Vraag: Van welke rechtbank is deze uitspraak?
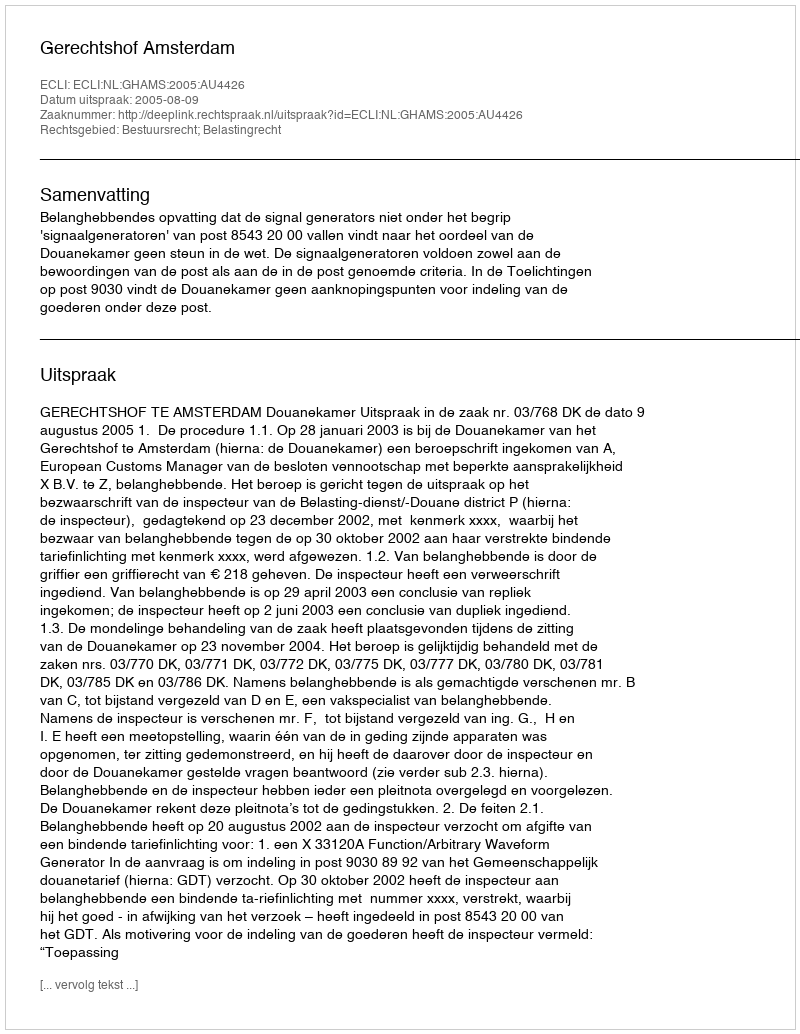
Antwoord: Gerechtshof Amsterdam